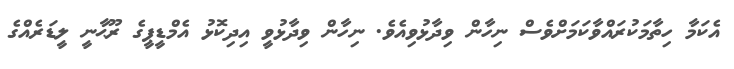
އެކަމާ ހިތާމަކުރައްވާކަމަށްވެސް ނިހާން ވިދާޅުވިއެވެ. ނިހާން ވިދާޅުވީ އިދިކޮޅު އެމްޑީޕީގެ ރޫޙާނީ ލީޑަރެއްގެ